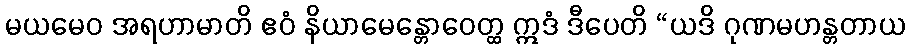
မယမေဝ အရဟာမာတိ ဧဝံ နိယာမေန္တောဝေတ္ထ ဣဒံ ဒီပေတိ “ယဒိ ဂုဏမဟန္တတာယ